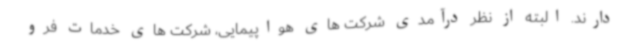
دارند. البته از نظر درآمدی شرکت های هواپیمایی، شرکت های خدمات فرو